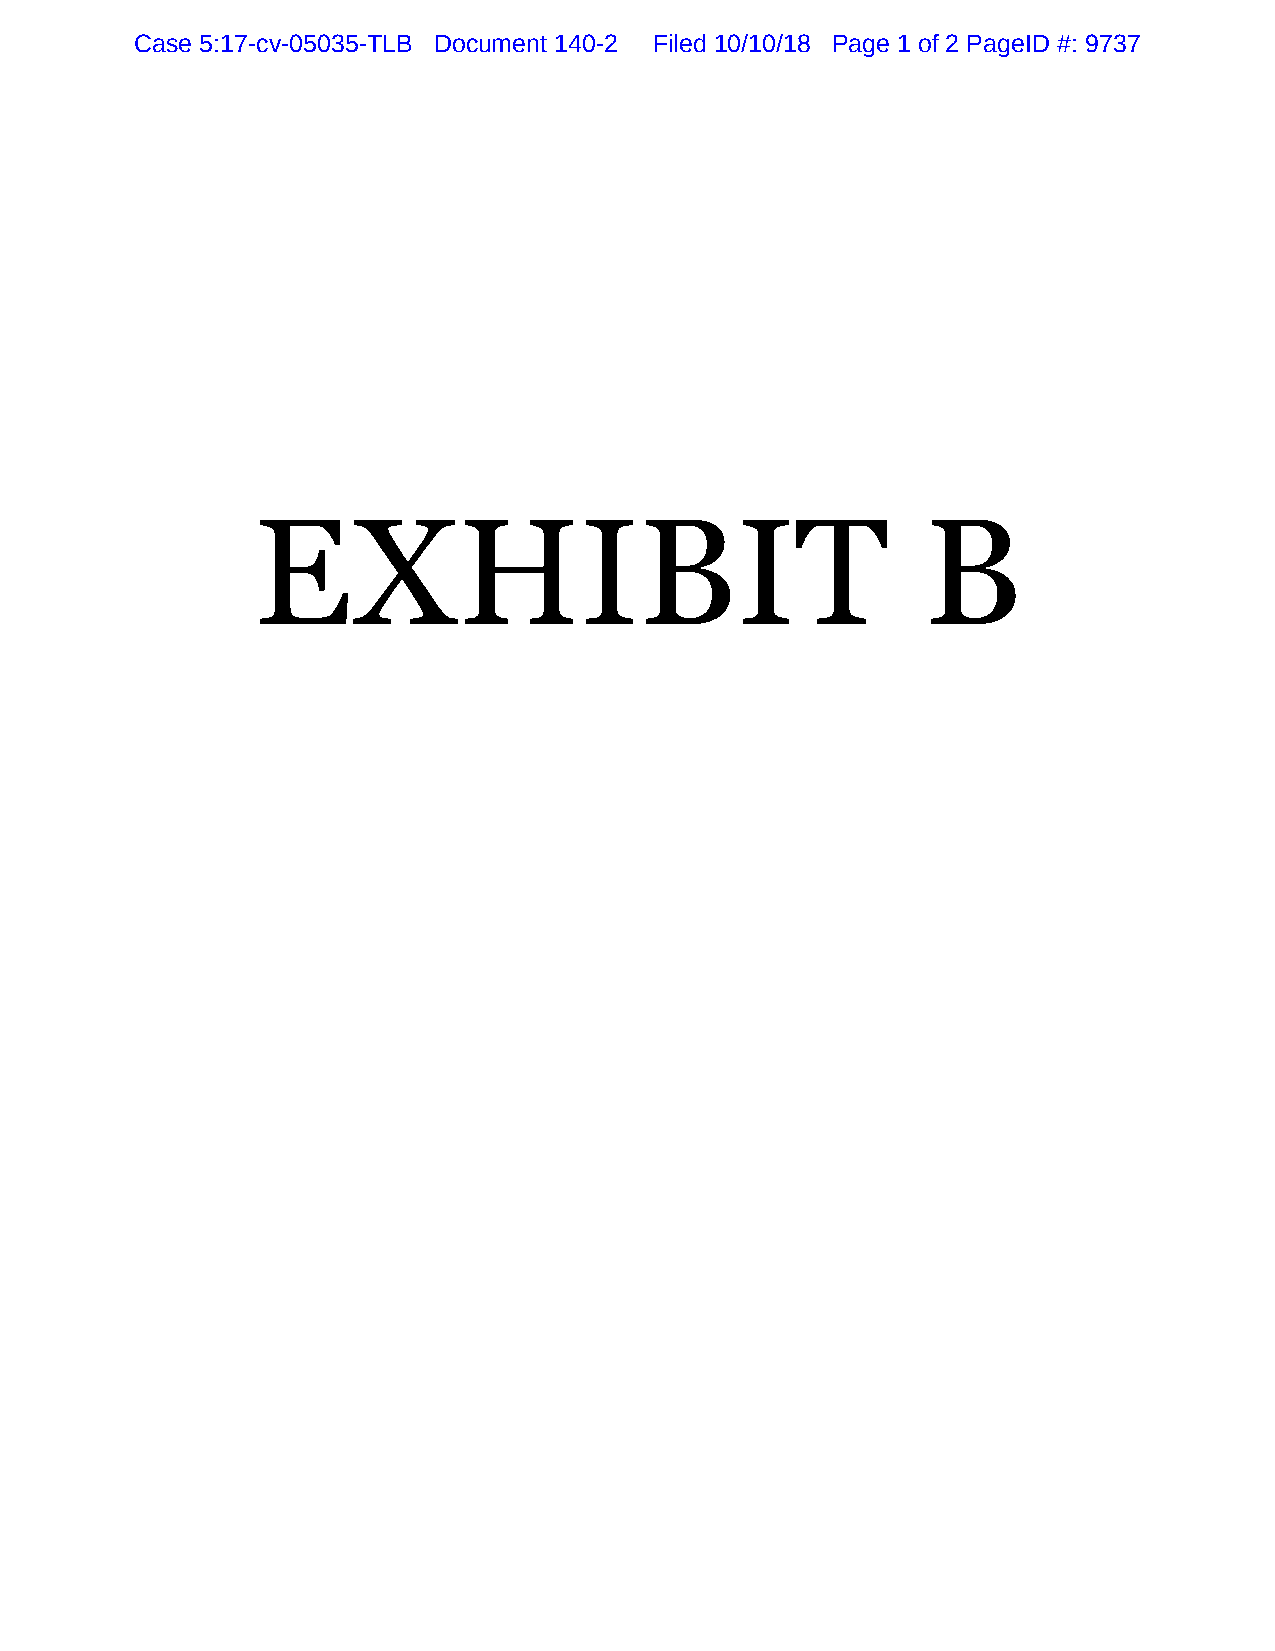
Case 5:17-cv-05035-TLB Document 140-2 Filed 10/10/18 Page 1 of 2 PageID #: 9737
 EXHIBIT                                     B